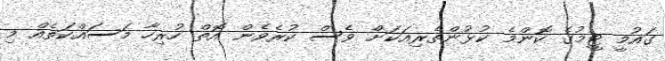
ގައުމީ ޓީމުގެ ކޮންމެ ކުޅުންތެރިއަކަށް ވެސް ކުރެވެން އޮތް ހުރިހާ މަސައްކަތެއް މި